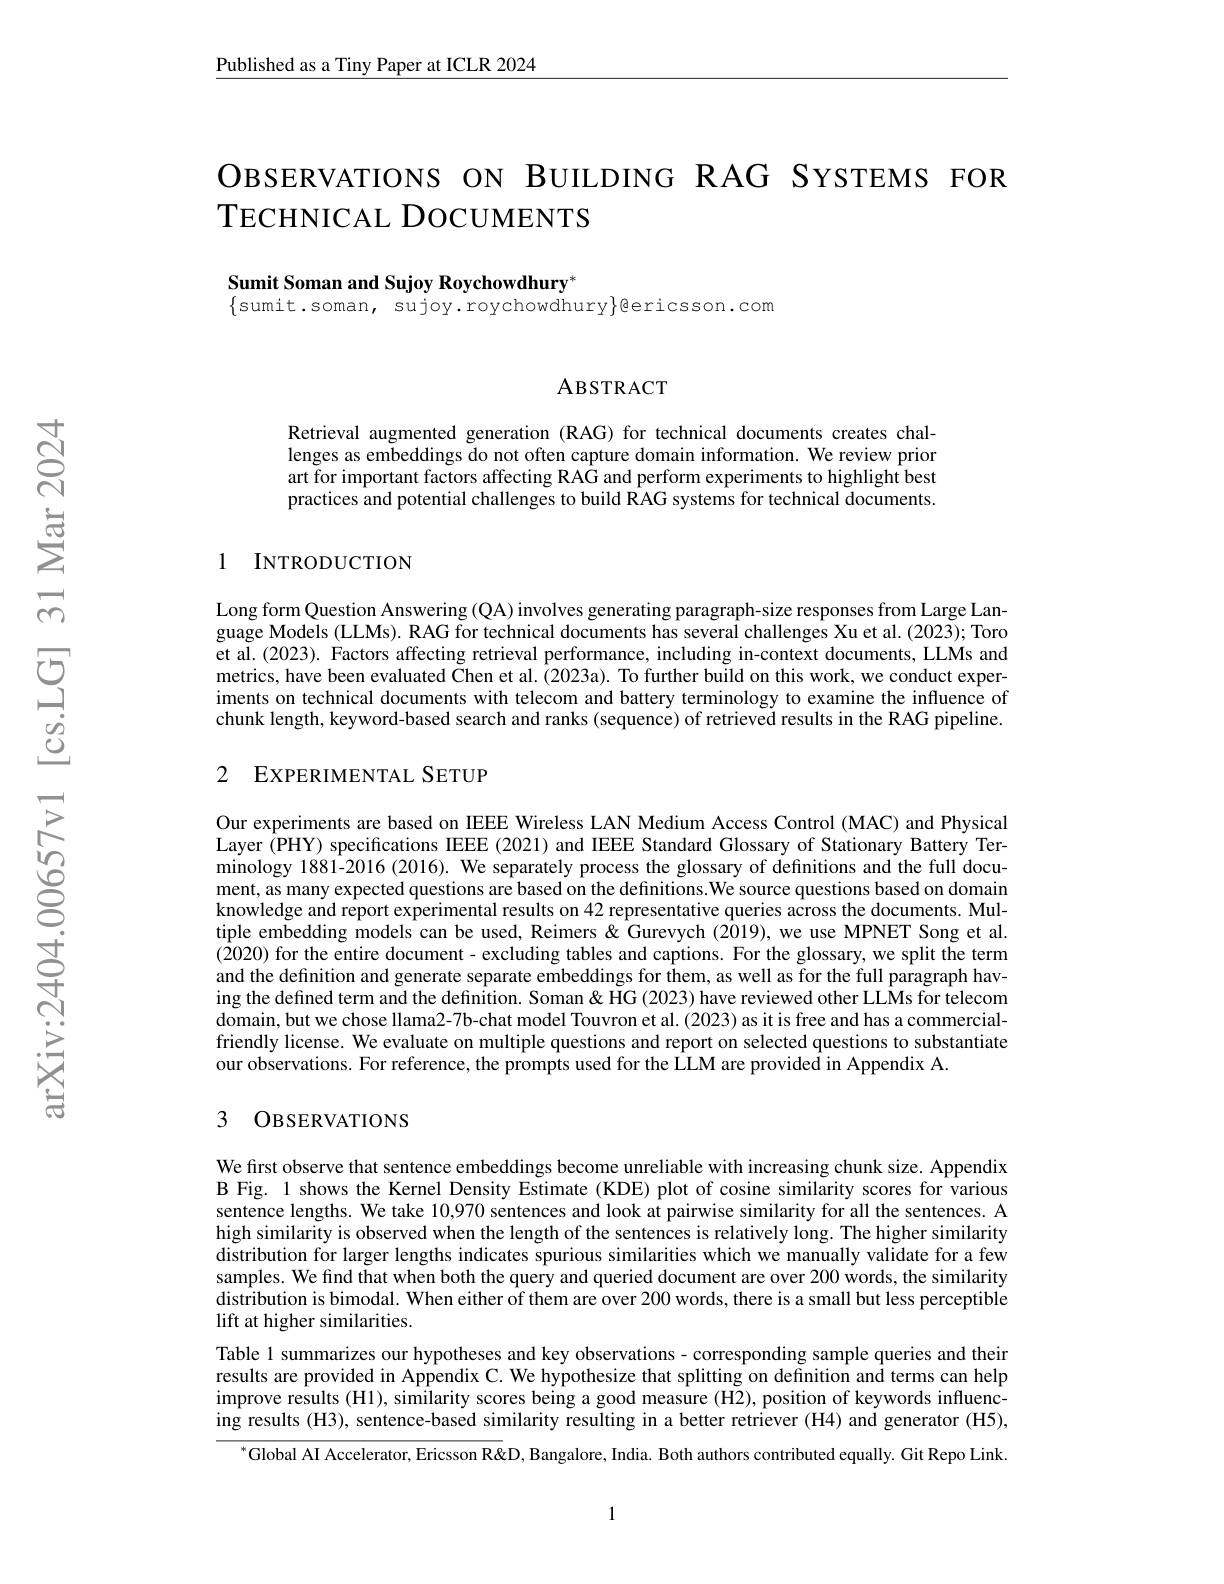
$\underline{\text{Published as a Tiny Paper at ICLR 2024}}$

# OвSERVATIONS ON BUILDING RAG SYSTEMS FOR TECHNICAL DOCUMENTS

Sumit Soman and Sujoy Roychowdhury*
$\{$sumit.soman, sujoy.roychowdhury$\}$ericsson.com

### ABSTRACT

Retrieval augmented generation (RAG) for technical documents creates challenges as embeddings do not often capture domain information. We review prior art for important factors affecting RAG and perform experiments to highlight best practices and potential challenges to build RAG systems for technical documents.

## 1 INTRODUCTION

Long form Question Answering (QA) involves generating paragraph-size responses from Large Language Models (LLMs). RAG for technical documents has several challenges Xu et al. (2023); Toro et al. (2023). Factors affecting retrieval performance, including in-context documents, LLMs and metrics, have been evaluated Chen et al. (2023a). To further build on this work, we conduct experiments on technical documents with telecom and battery terminology to examine the influence of chunk length, keyword-based search and ranks (sequence) of retrieved results in the RAG pipeline.

## 2 EXPERIMENTAL SETUP

Our experiments are based on IEEE Wireless LAN Medium Access Control (MAC) and Physical Layer (PHY) specifications IEEE (2021) and IEEE Standard Glossary of Stationary Battery Terminology 1881-2016 (2016). We separately process the glossary of definitions and the full document, as many expected questions are based on the definitions. We source questions based on domain knowledge and report experimental results on 42 representative queries across the documents. Multiple embedding models can be used, Reimers & Gurevych (2019), we use MPNET Song et al. (2020) for the entire document- excluding tables and captions. For the glossary, we split the term and the definition and generate separate embeddings for them, as well as for the full paragraph having the defined term and the definition. Soman & HG (2023) have reviewed other LLMs for telecom domain, but we chose llama2-7b-chat model Touvron et al. (2023) as it is free and has a commercialfriendly license. We evaluate on multiple questions and report on selected questions to substantiate our observations. For reference, the prompts used for the LLM are provided in Appendix A.

## 3 OBSERVATIONS

We first observe that sentence embeddings become unreliable with increasing chunk size. Appendix B Fig. 1 shows the Kernel Density Estimate (KDE) plot of cosine similarity scores for various sentence lengths. We take 10,970 sentences and look at pairwise similarity for all the sentences. A high similarity is observed when the length of the sentences is relatively long. The higher similarity distribution for larger lengths indicates spurious similarities which we manually validate for a few samples. We find that when both the query and queried document are over 200 words, the similarity $\hat{\text{distribution is bimodal. When either of them are over 200 words, there is a small but less perceptible}}$ lift at higher similarities.
Table 1 summarizes our hypotheses and key observations- corresponding sample queries and their results are provided in Appendix C. We hypothesize that splitting on definition and terms can help improve results (H1), similarity scores being a good measure (H2), position of keywords influencing results (H3), sentence-based similarity resulting in a better retriever (H4) and generator (H5),
$^{*}$Global AI Accelerator, Ericsson R&D, Bangalore, India. Both authors contributed equally. Git Repo Link.

1